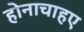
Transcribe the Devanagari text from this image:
होनाचाहए